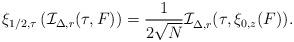
LaTeX: \begin{align*}\xi_{1/2,\tau} \left(\mathcal{I}_{\Delta,r}(\tau,F)\right)= \frac{1}{2\sqrt{N}} \mathcal{I}^{}_{\Delta,r}(\tau,\xi_{0,z}(F)).\end{align*}